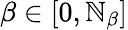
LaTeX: \beta\in[0,\mathbb{N}_{\beta}]